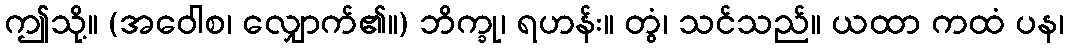
ဤသို့။ (အဝေါစ၊ လျှောက်၏။) ဘိက္ခု၊ ရဟန်း။ တွံ၊ သင်သည်။ ယထာ ကထံ ပန၊